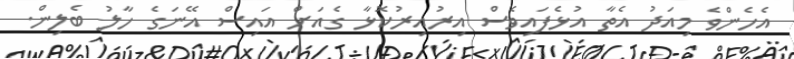
އެހެންވެ މިއަދު އެތާ އުޅެފައިވެސް އިރުއިރުކޮޅާ ގެއަށް އައިސް އޭނަގެ ހާލު ބެލިން.